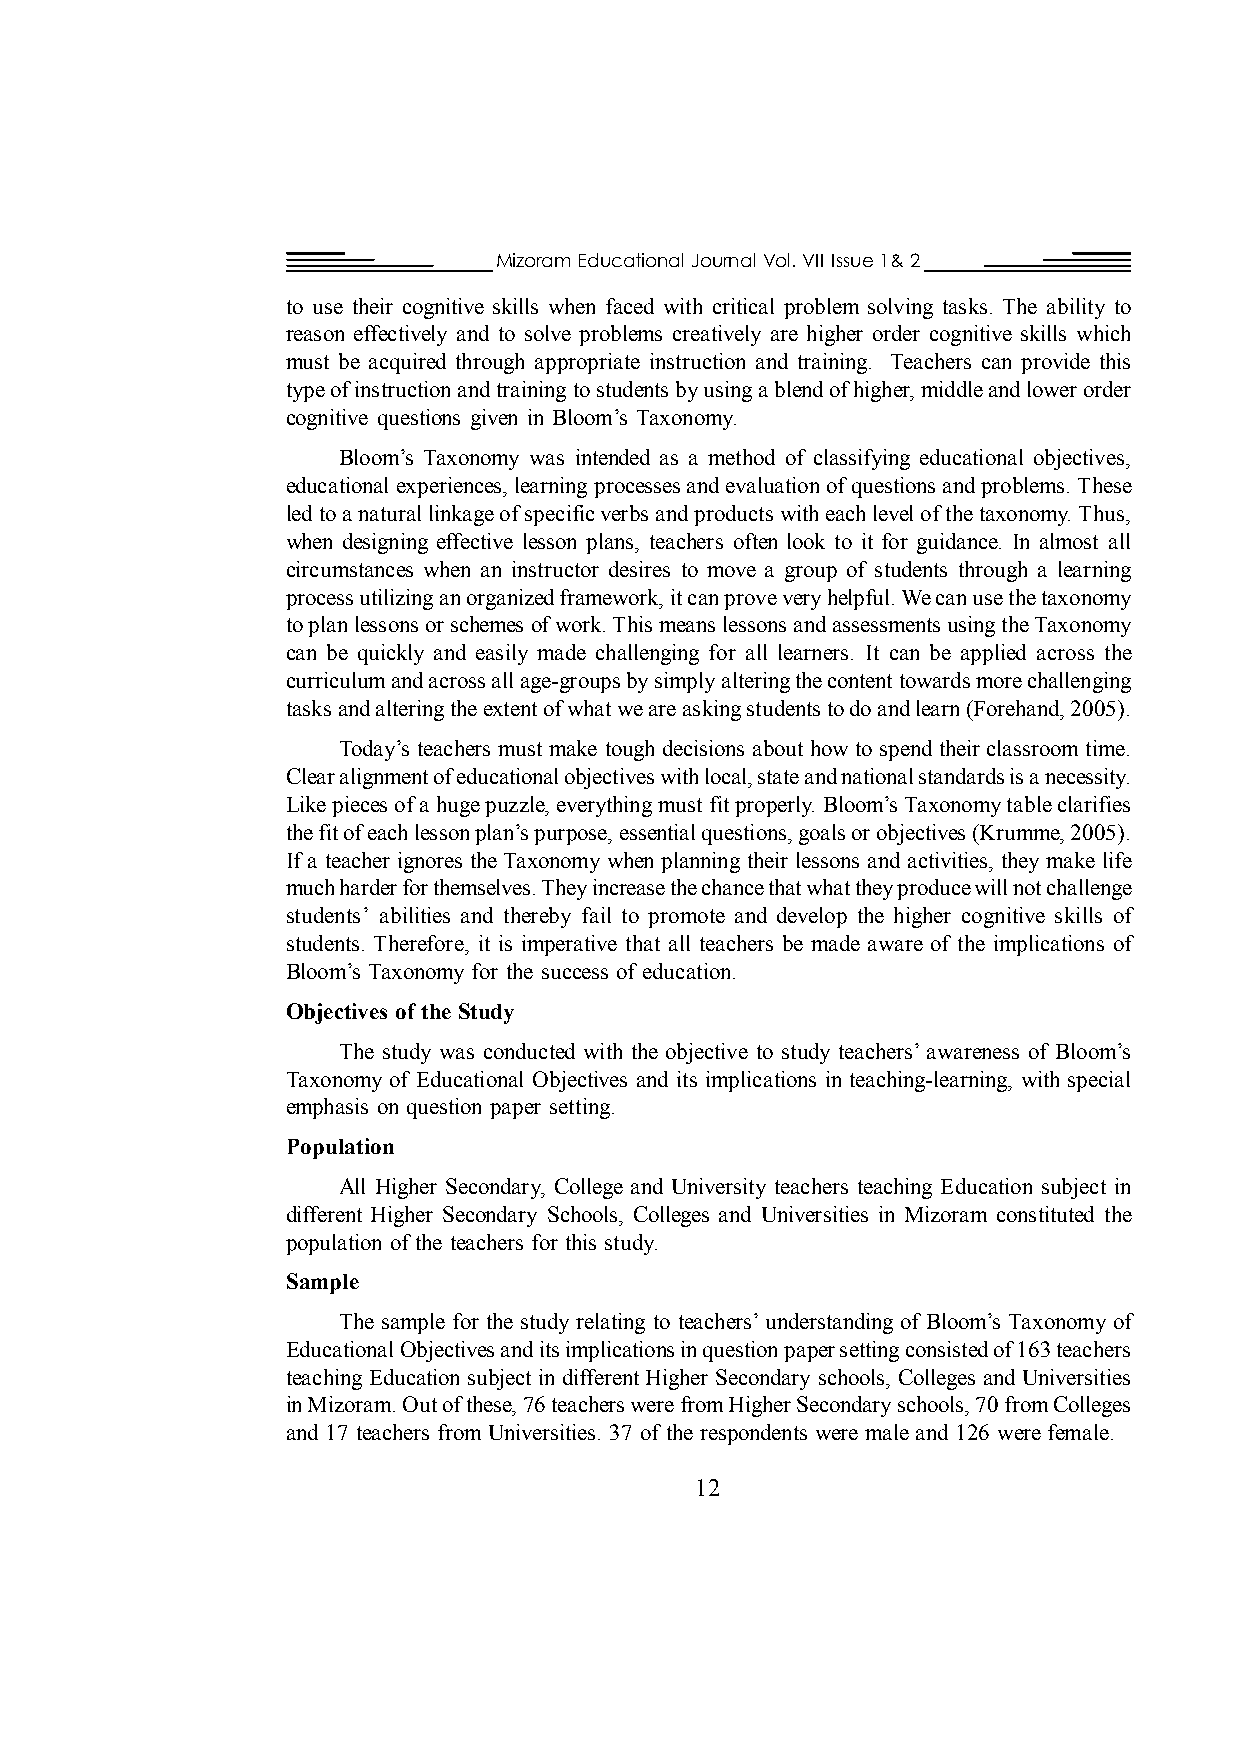
Mizoram Educational Journal Vol. VII Issue 1& 2
 to use their cognitive skills when faced with critical problem solving tasks. The ability to
 reason effectively and to solve problems creatively are higher order cognitive skills which
 must be acquired through appropriate instruction and training. Teachers can provide this
 type of instruction and training to students by using a blend of higher, middle and lower order
 cognitive questions given in Bloom’s Taxonomy.
 Bloom’s Taxonomy was intended as a method of classifying educational objectives,
 educational experiences, learning processes and evaluation of questions and problems. These
 led to a natural linkage of specific verbs and products with each level of the taxonomy. Thus,
 when designing effective lesson plans, teachers often look to it for guidance. In almost all
 circumstances when an instructor desires to move a group of students through a learning
 process utilizing an organized framework, it can prove very helpful. We can use the taxonomy
 to plan lessons or schemes of work. This means lessons and assessments using the Taxonomy
 can be quickly and easily made challenging for all learners. It can be applied across the
 curriculum and across all age-groups by simply altering the content towards more challenging
 tasks and altering the extent of what we are asking students to do and learn (Forehand, 2005).
 Today’s teachers must make tough decisions about how to spend their classroom time.
 Clear alignment of educational objectives with local, state and national standards is a necessity.
 Like pieces of a huge puzzle, everything must fit properly. Bloom’s Taxonomy table clarifies
 the fit of each lesson plan’s purpose, essential questions, goals or objectives (Krumme, 2005).
 If a teacher ignores the Taxonomy when planning their lessons and activities, they make life
 much harder for themselves. They increase the chance that what they produce will not challenge
 students’ abilities and thereby fail to promote and develop the higher cognitive skills of
 students. Therefore, it is imperative that all teachers be made aware of the implications of
 Bloom’s Taxonomy for the success of education.
 Objectives of the Study
 The study was conducted with the objective to study teachers’ awareness of Bloom’s
 Taxonomy of Educational Objectives and its implications in teaching-learning, with special
 emphasis on question paper setting.
 Population
 All Higher Secondary, College and University teachers teaching Education subject in
 different Higher Secondary Schools, Colleges and Universities in Mizoram constituted the
 population of the teachers for this study.
 Sample
 The sample for the study relating to teachers’ understanding of Bloom’s Taxonomy of
 Educational Objectives and its implications in question paper setting consisted of 163 teachers
 teaching Education subject in different Higher Secondary schools, Colleges and Universities
 in Mizoram. Out of these, 76 teachers were from Higher Secondary schools, 70 from Colleges
 and 17 teachers from Universities. 37 of the respondents were male and 126 were female.
 12